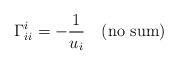
LaTeX: \begin{align*}\Gamma^i_{ii} = - \frac{1}{u_i} \quad (\rm no~sum)\end{align*}